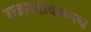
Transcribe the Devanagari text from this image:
राजगडावरूनच